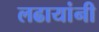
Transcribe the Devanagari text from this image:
लढायांनी